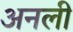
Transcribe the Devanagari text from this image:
अनली